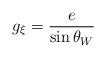
LaTeX: \begin{align*}g_\xi = {e \over \sin \theta_W }\end{align*}